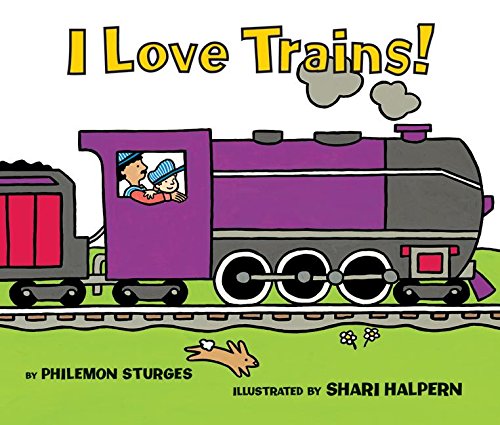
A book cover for I Love Trains!; Philemon Sturges; Children's Books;